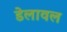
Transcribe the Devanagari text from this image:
डेलावल